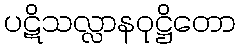
ပဋိသလ္လာနဝုဋ္ဌိတော